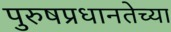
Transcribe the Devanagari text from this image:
पुरुषप्रधानतेच्या